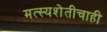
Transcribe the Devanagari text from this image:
मत्स्यशेतीचाही